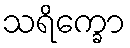
သရိက္ခော